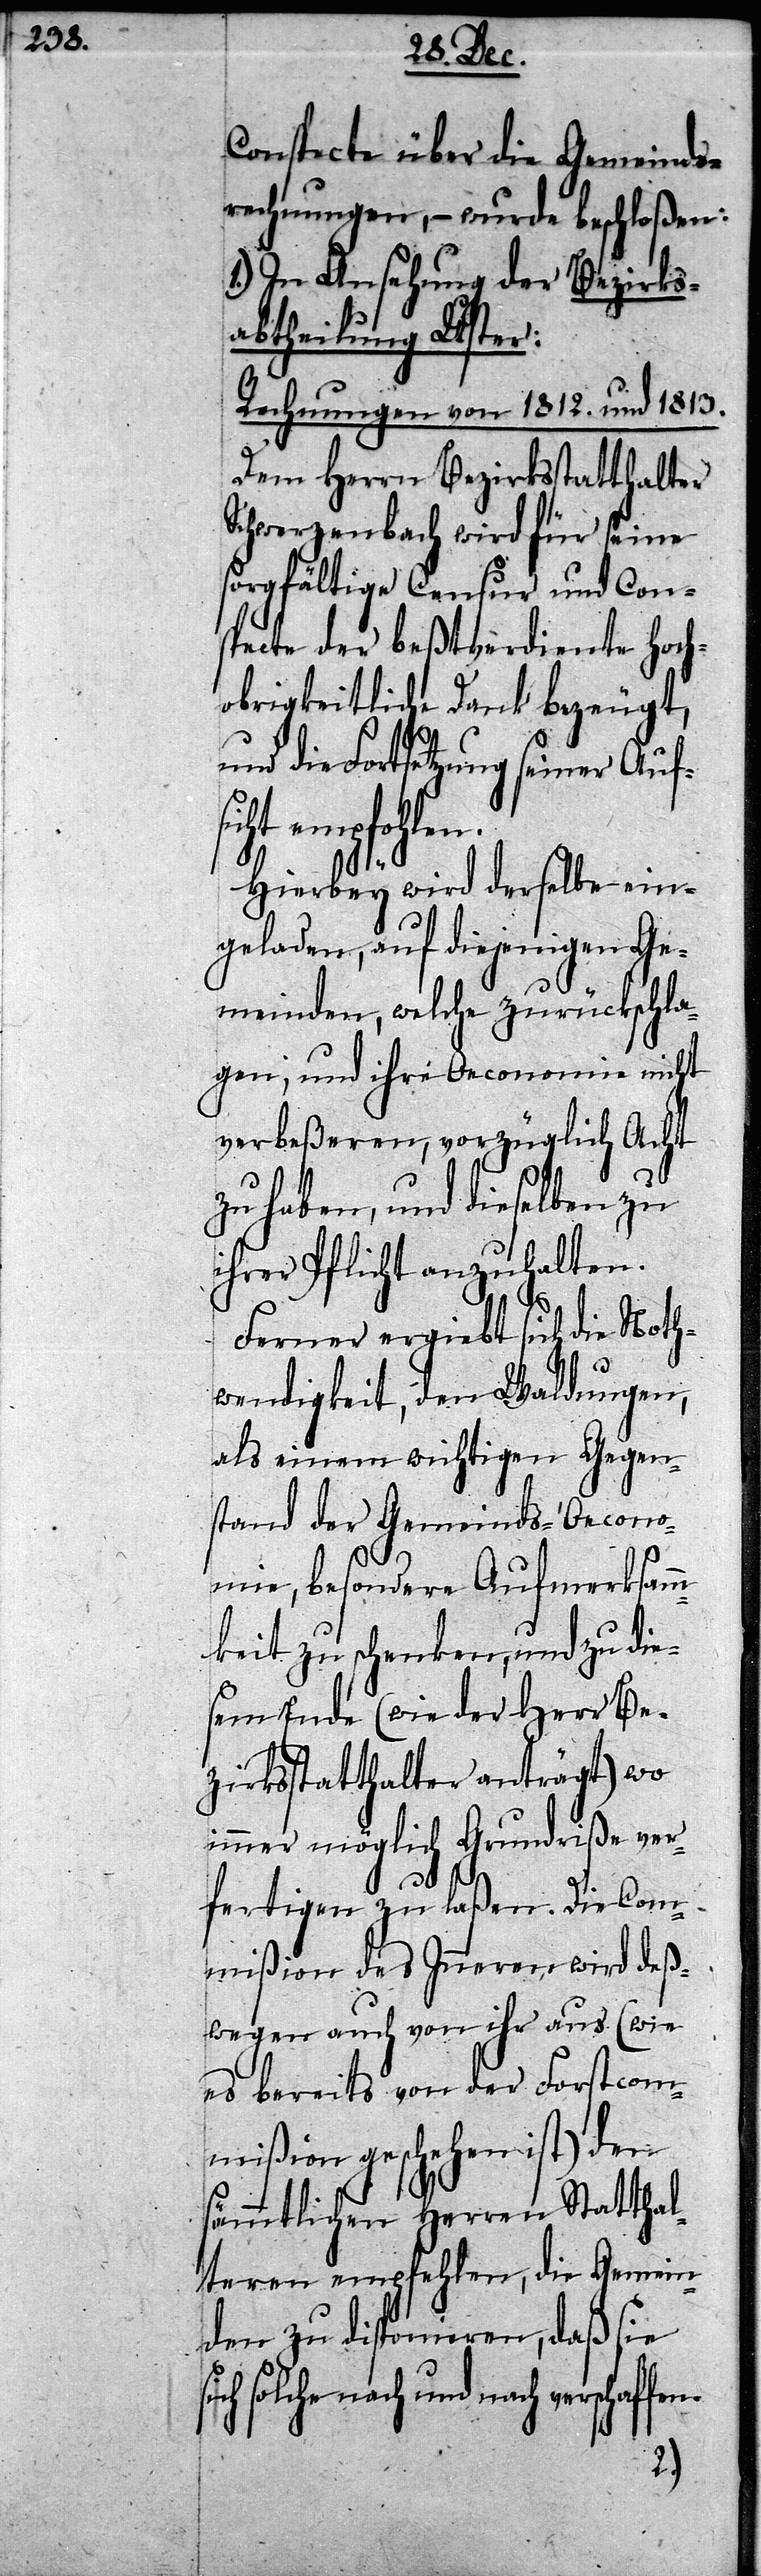
Conspecte über die Gemeinds¬
rechnungen, – wurde beschloßen:
1.) In Ansehung der Bezirks¬
abtheilung Uster:
Rechnungen von 1812. und 1813.
Dem Herrn Bezirksstatthalter
Schwerzenbach wird für seine
sorgfältige Censur und Con¬
specte der beßtverdiente Hoch¬
obrigkeitliche Dank bezeugt,
und die Fortsetzung seiner Aufs¬
empfohlen.
Hierbey wird derselbe ein¬
geladen, auf diejenigen Ge¬
meinden, welche zurückschla¬
gen, und ihre Oeconomie nicht
verbeßeren, vorzüglich Acht
zu haben, und dieselben zu
ihrer Pflicht anzuhalten.
Ferner ergiebt sich die Noth¬
wendigkeit, den Waldungen,
als einem wichtigen Gegen¬
stand der Gemeinds-Oecono¬
mie, besondere Aufmerksamm¬
keit zu schenken, und zu die¬
sem Ende (wie der Herr Be¬
zirksstatthalter anträgt) wo
immer möglich Grundriße ver¬
fen.
fertigen zu laßen. Die Com¬
mißion des Inneren wird deß¬
wegen auch von ihr aus (wie
es bereits von der Forstcom¬
mißion geschehen ist) den
sämmtlichen Herren Statthal¬
teren empfehlen, die Gemein¬
den zu disponieren, daß sie
solche nach und nach verschaf¬